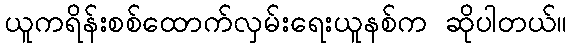
ယူကရိန်းစစ်ထောက်လှမ်းရေးယူနစ်က ဆိုပါတယ်။